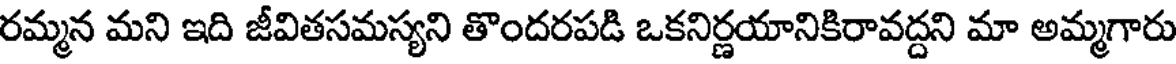
రమ్మన మని ఇది జీవితసమస్యని తొందరపడి ఒకనిర్ణయానికిరావద్దని మా అమ్మగారు